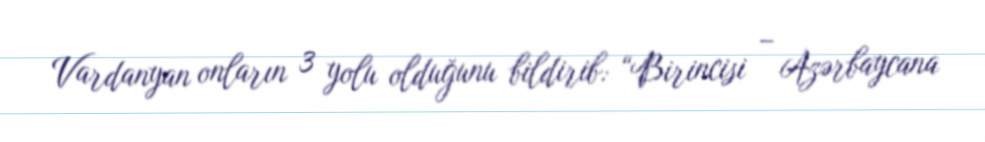
Vardanyan onların 3 yolu olduğunu bildirib: “Birincisi – Azərbaycana